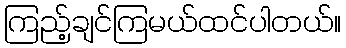
ကြည့်ချင်ကြမယ်ထင်ပါတယ်။